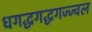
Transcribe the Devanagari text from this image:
धगद्धगद्धगज्ज्वल